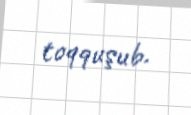
toqquşub.